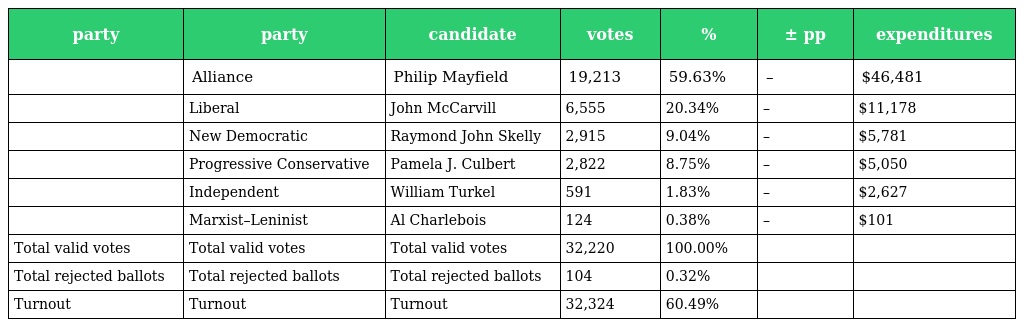
| party | party | candidate | votes | % | ± pp | expenditures |
 | --- | --- | --- | --- | --- | --- | --- |
 |  | Alliance | Philip Mayfield | 19,213 | 59.63% | – | $46,481 |
 |  | Liberal | John McCarvill | 6,555 | 20.34% | – | $11,178 |
 |  | New Democratic | Raymond John Skelly | 2,915 | 9.04% | – | $5,781 |
 |  | Progressive Conservative | Pamela J. Culbert | 2,822 | 8.75% | – | $5,050 |
 |  | Independent | William Turkel | 591 | 1.83% | – | $2,627 |
 |  | Marxist–Leninist | Al Charlebois | 124 | 0.38% | – | $101 |
 | Total valid votes | Total valid votes | Total valid votes | 32,220 | 100.00% |  |  |
 | Total rejected ballots | Total rejected ballots | Total rejected ballots | 104 | 0.32% |  |  |
 | Turnout | Turnout | Turnout | 32,324 | 60.49% |  |  |